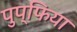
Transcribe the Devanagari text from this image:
पुप्फिया